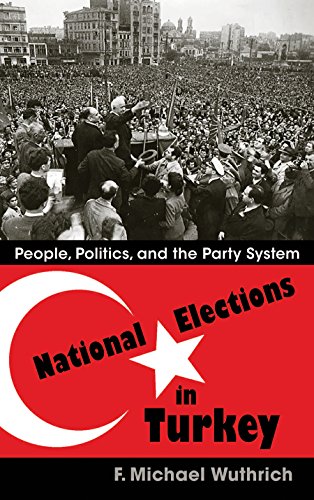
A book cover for National Elections in Turkey: People, Politics, and the Party System (Modern Intellectual and Political History of the Middle East); F. Michael Wuthrich; History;